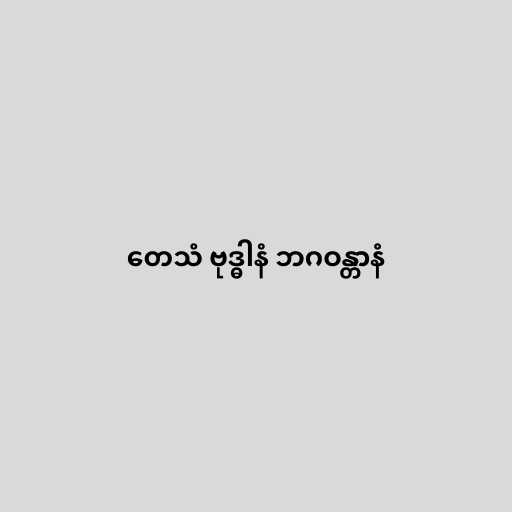
တေသံ ဗုဒ္ဓါနံ ဘဂဝန္တာနံ